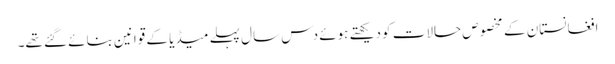
افغانستان کے مخصوص حالات کو دیکھتے ہوئے دس سال پہلے میڈیا کے قوانین بنائے گئے تھے۔